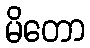
မိတော